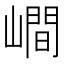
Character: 𡼏